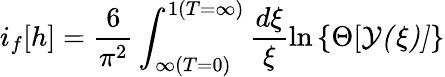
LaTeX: i_{f}[h]=\frac{6}{\pi^{2}}\int_{\infty(T=0)}^{1(T=\infty)}\frac{d\xi}{\xi}\ln\left\{ \Theta[\cal{Y}(\xi)]\right\}